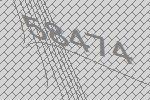
58474